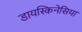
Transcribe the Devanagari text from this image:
डायस्किनेसिया